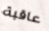
عاقبة